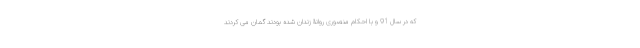
که در سال 91 و با احکام منصوری روانۀ زندان شده بودند گمان می کردند